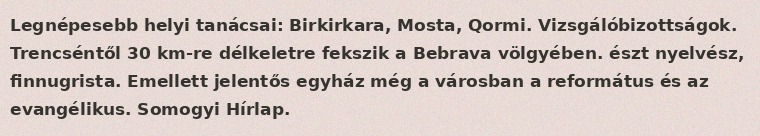
Legnépesebb helyi tanácsai: Birkirkara, Mosta, Qormi. Vizsgálóbizottságok. Trencséntől 30 km-re délkeletre fekszik a Bebrava völgyében. észt nyelvész, finnugrista. Emellett jelentős egyház még a városban a református és az evangélikus. Somogyi Hírlap.